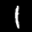
Label: 1